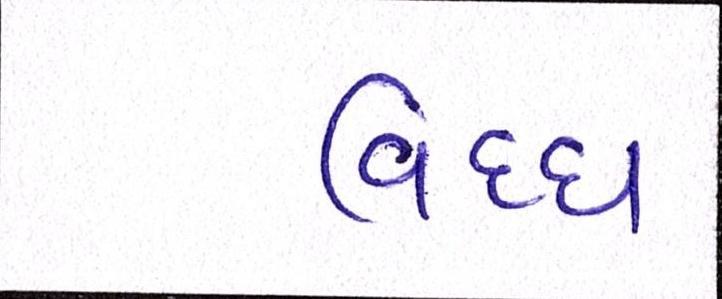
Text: વિઘ્ધ